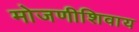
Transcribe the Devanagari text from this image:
मोजणीशिवाय